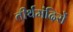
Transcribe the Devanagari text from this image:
तीर्थमंदिरों